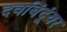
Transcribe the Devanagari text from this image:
दवबिंदूंवर